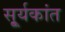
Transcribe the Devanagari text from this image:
सू्र्यकांत